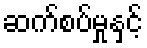
ဆက်စပ်မှုနှင့်